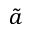
\tilde { a }